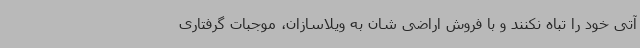
آتی خود را تباه نکنند و با فروش اراضی شان به ویلاسازان، موجبات گرفتاری